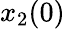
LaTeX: x_{2}(0)